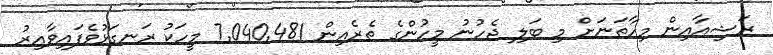
ރަޝިއާއިން މިހާތަނަށް މި ބަލި ޖެހުނު މީހުންގެ ތެރެއިން 7